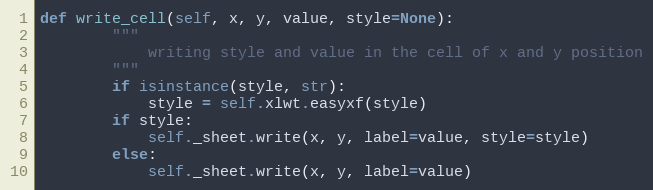
Language: Python
def write_cell(self, x, y, value, style=None):
        """
            writing style and value in the cell of x and y position
        """
        if isinstance(style, str):
            style = self.xlwt.easyxf(style)
        if style:
            self._sheet.write(x, y, label=value, style=style)
        else:
            self._sheet.write(x, y, label=value)